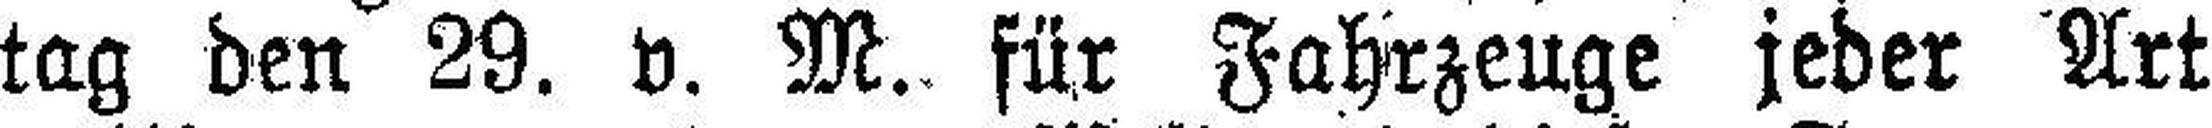
tag den 29. v. M. für Fahrzeuge jeder Art